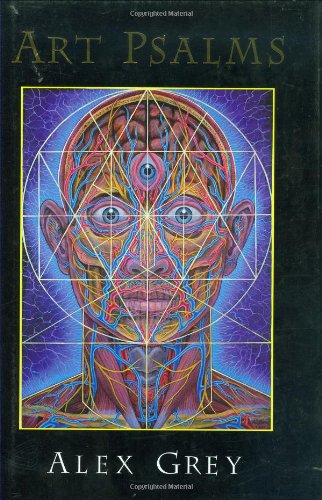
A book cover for Art Psalms; Alex Grey; Arts & Photography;